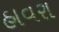
હાવરા